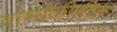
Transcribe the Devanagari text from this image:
दाभोळीतील